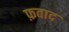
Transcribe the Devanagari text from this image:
फ़वाद